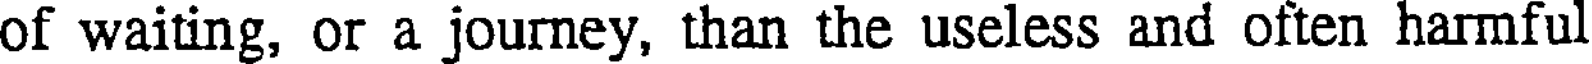
of waiting, or a journey, than the useless and often harmful